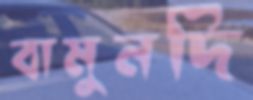
বামুনদি